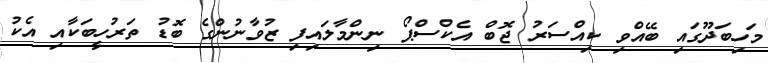
މަހިބަދޫގައި ބޭއްވި ކިއްސަރު ޖޮބް އެކްސްޕޯ ނިންމާލައިފި ޒުވާނުންގެ ބޮޑު ތަރުހީބަކާއި އެކު